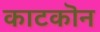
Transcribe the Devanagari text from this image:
काटकॊन